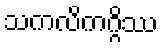
သကလိကဂ္ဂိဿ